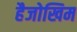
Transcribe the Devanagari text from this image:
हैजोखिम